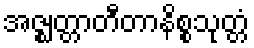
အဇ္ဈတ္တာတီတာနိစ္စသုတ္တံ